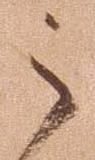
之